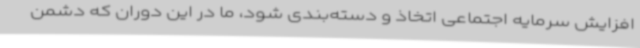
افزایش سرمایه اجتماعی اتخاذ و دسته‌بندی شود، ما در این دوران که دشمن